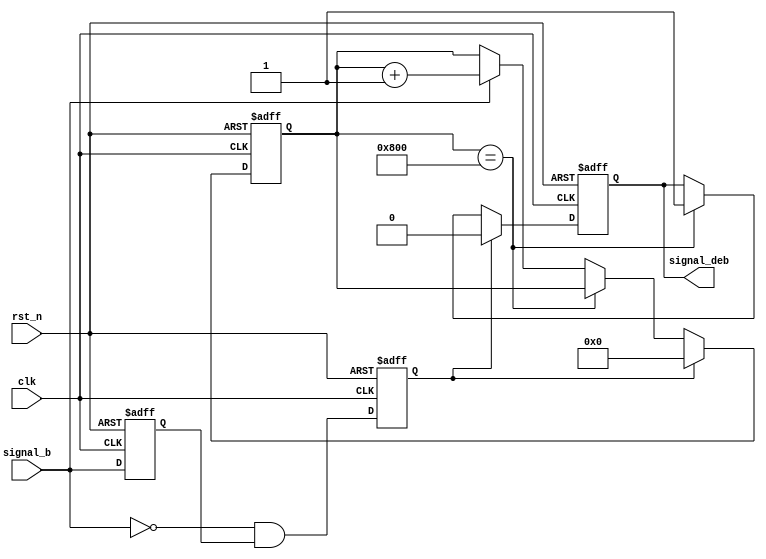
///////////////////////////////////////////////////////////////////////////////
//
// Copyright (c) 2019 PANGO MICROSYSTEMS, INC
// ALL RIGHTS REVERVED.
//
// THE SOURCE CODE CONTAINED HEREIN IS PROPRIETARY TO PANGO MICROSYSTEMS, INC.
// IT SHALL NOT BE REPRODUCED OR DISCLOSED IN WHOLE OR IN PART OR USED BY
// PARTIES WITHOUT WRITTEN AUTHORIZATION FROM THE OWNER.
//
///////////////////////////////////////////////////////////////////////////////
//
// Library:
// Filename:
///////////////////////////////////////////////////////////////////////////////
`timescale 1ns/1ps
module ipml_hsst_rst_debounce_v1_0 #(
    parameter RISE_CNTR_WIDTH = 12,
    parameter RISE_CNTR_VALUE = 12'd2048,
    parameter ACTIVE_HIGH     = 1'b0 // 0 : active@low, 1 : active@high
)(
    input  wire                          clk,
    input  wire                          rst_n,
    input  wire                          signal_b,
    output wire                          signal_deb
);

wire                          signal_b_mux;
reg                           signal_b_ff;
reg                           signal_b_neg;
reg                           signal_deb_pre;
reg     [RISE_CNTR_WIDTH-1:0] rise_cnt;

assign signal_b_mux = (ACTIVE_HIGH == 1'b1) ? ~signal_b : signal_b;
always @(posedge clk or negedge rst_n)
begin
    if (!rst_n)
    begin
        signal_b_ff  <= 1'b0;
        signal_b_neg <= 1'b0;
    end
    else
    begin
        signal_b_ff  <= signal_b_mux;
        signal_b_neg <= ~signal_b_mux & signal_b_ff;
    end
end

always @(posedge clk or negedge rst_n)
begin
    if (!rst_n)
        rise_cnt <= {RISE_CNTR_WIDTH{1'b0}};
    else if (signal_b_neg)
        rise_cnt <= {RISE_CNTR_WIDTH{1'b0}};
    else if (rise_cnt == RISE_CNTR_VALUE)
        rise_cnt <= rise_cnt;
    else if (signal_b_mux)
        rise_cnt <= rise_cnt + {{RISE_CNTR_WIDTH-1{1'b0}}, 1'b1};
end

always @(posedge clk or negedge rst_n)
begin
    if (!rst_n)
        signal_deb_pre <= 1'b0;
    else if (signal_b_neg)
        signal_deb_pre <= 1'b0;
    else if (rise_cnt == RISE_CNTR_VALUE)
        signal_deb_pre <= 1'b1;
end

assign signal_deb = (ACTIVE_HIGH == 1'b1) ? ~signal_deb_pre : signal_deb_pre;

endmodule